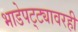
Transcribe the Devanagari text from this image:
भाडेपट्ट्यावरही